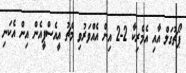
ޕޯޗުގަލް އާއި އެމެރިކާ 2-2 އިން އެއްވަރުވި މެޗު އީއެސްޕީއެން އިން އެކަނި